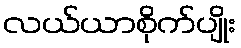
လယ်ယာစိုက်ပျိုး